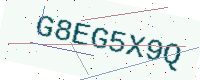
Text: G8EG5X9Q